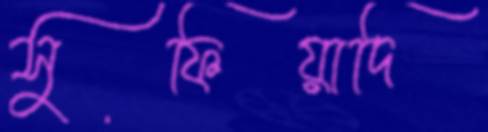
সুফিয়াদি